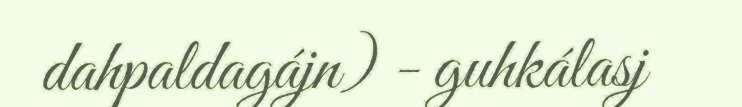
dahpaldagájn) - guhkálasj